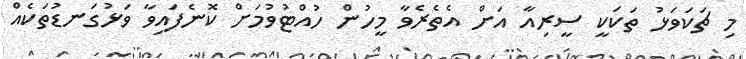
މި ޗަކަވަޅު ތަކަކީ ސީރިއާ އަށް އެތެރެވާ މީހުން ހުއްޓުވުމަށް ކޮނެފައިވާ ވަޅުގަނޑުތަކެއް